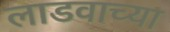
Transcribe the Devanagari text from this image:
लाडवाच्या